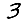
Digit: 3